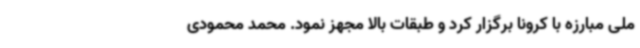
ملی مبارزه با کرونا برگزار کرد و طبقات بالا مجهز نمود. محمد محمودی